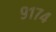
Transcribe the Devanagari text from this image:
९१७४